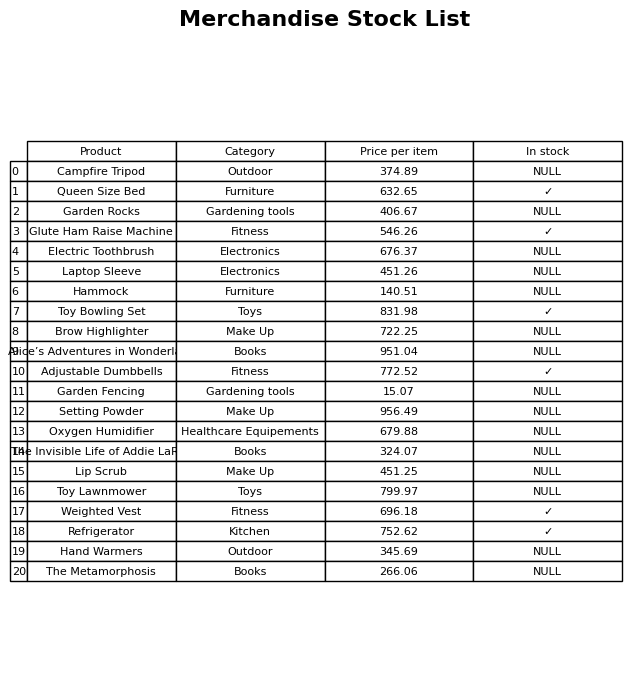
question: What is the price for Garden Rocks?
answer: The price of Garden Rocks is 406.67.